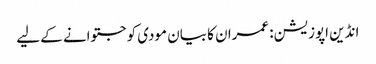
انڈین اپوزیشن: عمران کا بیان مودی کو جتوانے کے لیے